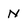
Character: N